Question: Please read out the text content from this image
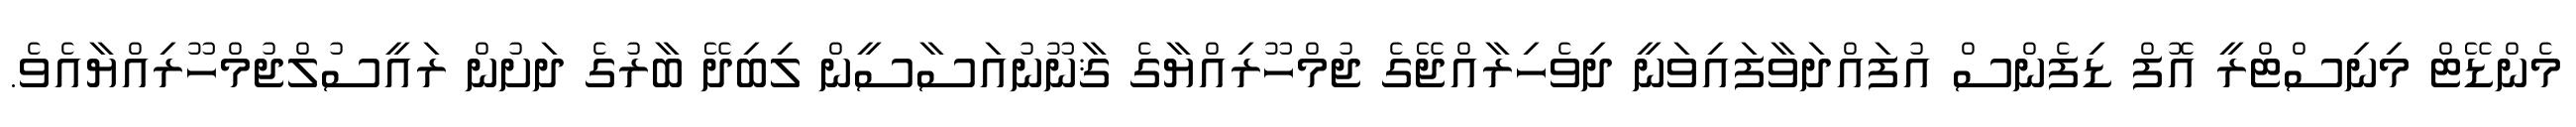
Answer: މެންޑޭޓް މިނިސްޓްރީ އޮފް ޑިފެންސް އުފައްދަވާފައިވަނީ ދިވެހިރާއްޖޭގެ ޖުމްހޫރިއްޔާގެ ޤާނޫނުއަސާސީން ލިބިދޭ ބާރުގެ ދަށުން ރައީސުލްޖުމްހޫރިއްޔާއެވެ.